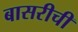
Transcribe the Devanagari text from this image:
बासरीची